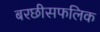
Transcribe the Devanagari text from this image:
बरछीसफलिक